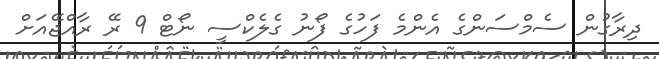
ދިރާގުން ސެމްސަންގެ އެންމެ ފަހުގެ ފޯނު ގެލެކްސީ ނޯޓް 9 ރޭ ރާއްޖޭއަށް